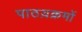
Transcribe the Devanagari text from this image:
पाठय़क्रमों